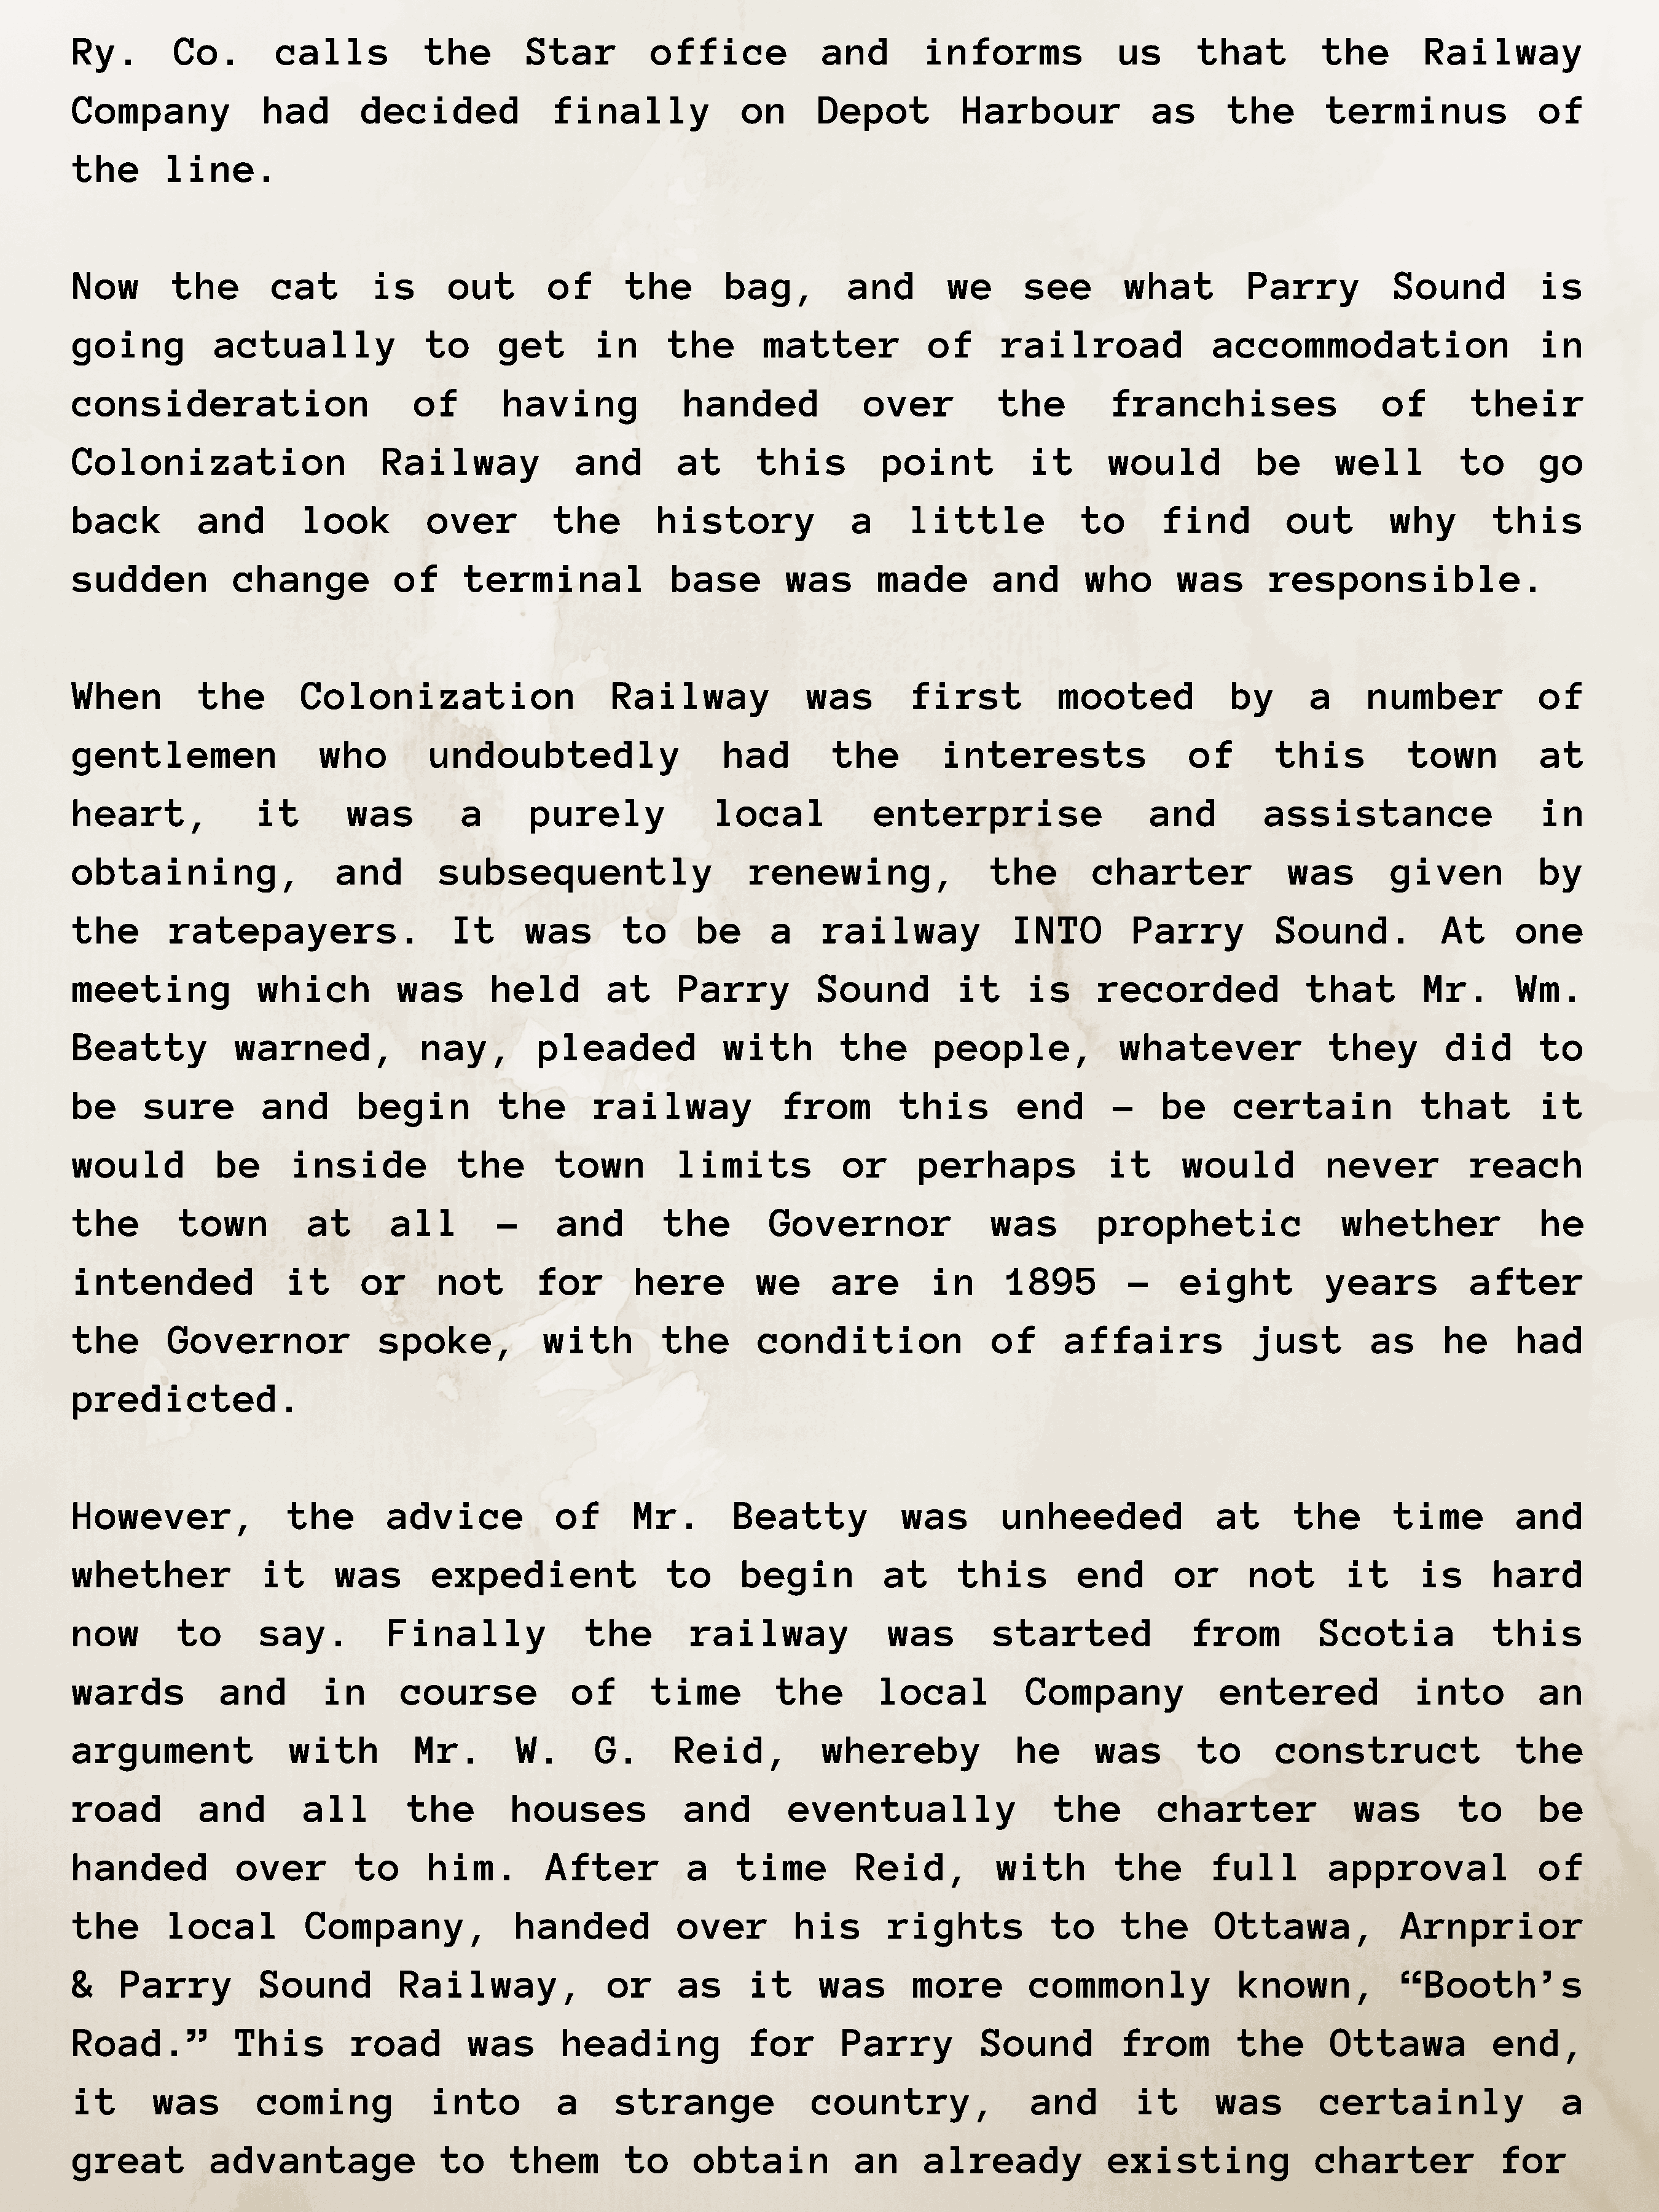
Ry.        Co.        calls           the        Star         office             and        informs              us      that         the        Railway
 Company             had        decided             finally              on      Depot           Harbour             as      the        terminus               of
 the       line.
 Now        the       cat        is      out        of      the        bag,         and        we      see        what         Parry           Sound           is
 going          actually               to      get       in      the       matter            of      railroad               accommodation                      in
 consideration                        of       having              handed             over           the         franchises                   of        their
 Colonization                     Railway              and        at       this         point           it      would           be       well         to       go
 back         and        look          over          the        history              a     little             to      find          out        why        this
 sudden           change            of     terminal              base         was       made        and       who       was       responsible.
 When         the        Colonization                      Railway              was        first           mooted             by      a     number             of
 gentlemen                 who         undoubtedly                     had         the        interests                  of       this           town          at
 heart,              it       was          a      purely              local            enterprise                    and         assistance                    in
 obtaining,                  and        subsequently                      renewing,                 the        charter              was        given           by
 the       ratepayers.                    It      was       to      be      a     railway             INTO         Parry          Sound.            At      one
 meeting             which          was       held        at      Parry          Sound          it      is     recorded               that        Mr.       Wm.
 Beatty           warned,             nay,         pleaded             with         the       people,             whatever              they         did       to
 be      sure        and        begin          the       railway             from         this         end       –    be      certain             that         it
 would          be      inside            the        town         limits            or      perhaps             it      would           never          reach
 the        town          at       all         –     and        the         Governor                was        prophetic                  whether              he
 intended               it      or      not        for       here          we      are       in      1895          –    eight           years          after
 the       Governor               spoke,            with        the        condition                of      affairs             just         as      he     had
 predicted.
 However,               the        advice            of      Mr.        Beatty            was        unheeded               at      the        time         and
 whether             it      was        expedient                to      begin          at      this         end        or      not       it      is      hard
 now        to       say.          Finally              the        railway               was        started              from          Scotia             this
 wards           and        in      course             of      time          the        local           Company             entered              into          an
 argument               with          Mr.        W.      G.       Reid,           whereby              he      was        to       construct                the
 road         and         all        the        houses             and        eventually                   the        charter              was        to       be
 handed            over        to      him.         After          a    time         Reid,          with         the       full         approval               of
 the       local          Company,              handed            over         his       rights           to      the       Ottawa,             Arnprior
 &    Parry          Sound          Railway,               or     as      it     was       more         commonly              known,            “Booth’s
 Road.”           This         road        was        heading             for       Parry          Sound          from        the       Ottawa            end,
 it       was        coming            into          a     strange              country,                and        it       was        certainly                 a
 great          advantage                to     them        to      obtain           an      already             existing              charter             for